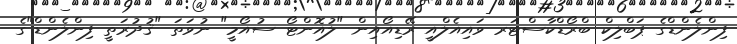
ފިންލެންޑްގެ ޕަބްލިކް ބްރޯޑްކާސްޓަރ ވައިއެލްއީ ރޭޑިއޯއިން "ލުއޮންޓޯ ސުއޯމީ" ނުވަތަ "ޤުދުރަތީ ފިންލެންޑް"ގެ